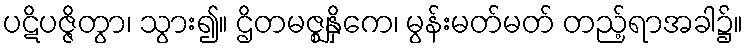
ပဋိပဇ္ဇိတွာ၊ သွား၍။ ဌိတမဇ္ဈနှိကေ၊ မွန်းမတ်မတ် တည့်ရာအခါ၌။